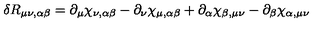
\delta R _ { \mu \nu , \alpha \beta } = \partial _ { \mu } \chi _ { \nu , \alpha \beta } - \partial _ { \nu } \chi _ { \mu , \alpha \beta } + \partial _ { \alpha } \chi _ { \beta , \mu \nu } - \partial _ { \beta } \chi _ { \alpha , \mu \nu }